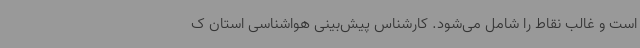
است و غالب نقاط را شامل می‌شود. کارشناس پیش‌بینی هواشناسی استان ک